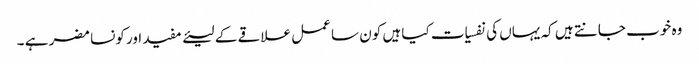
وہ خوب جانتے ہیں کہ یہاں کی نفسیات کیا ہیں کون سا عمل علاقے کے لیئے مفید اور کونسا مضر ہے ۔